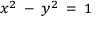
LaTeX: \scriptstyle x ^ { 2 } \ - \ y ^ { 2 } \ = \ 1